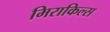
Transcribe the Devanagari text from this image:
मिराकिल्स